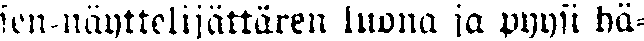
sen-näyttelijättären luona ja pyysi hä-